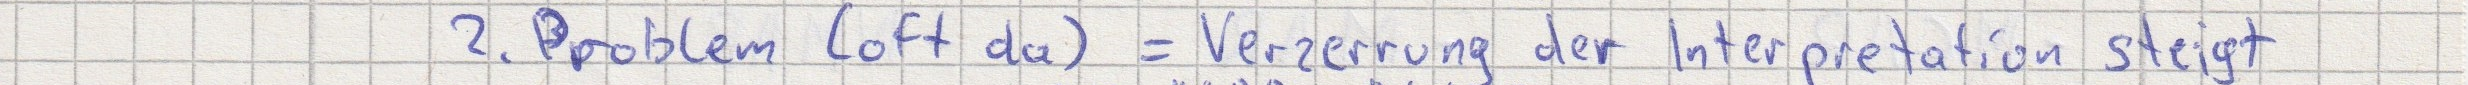
2. Problem (oft da) = Verzerrung der Interpretation steigt